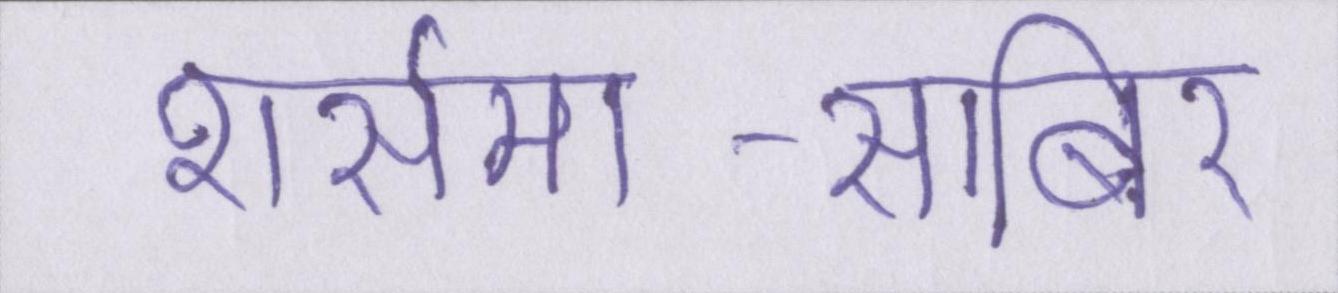
शर्समा-साबिर